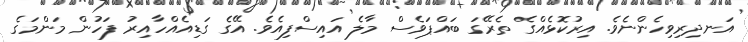
އަނދިރިވިހެންނެވެ. އިރުކޮޅެއްގެ ތެރޭގަ ބައްޕަވެސް މާލެ އައިސްފިއެވެ. އޭގެ ގަޑިއެއްހާއިރު ފަހުން މަންމަގެ